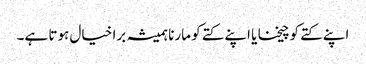
اپنے کتے کو چیخنا یا اپنے کتے کو مارنا ہمیشہ برا خیال ہوتا ہے۔